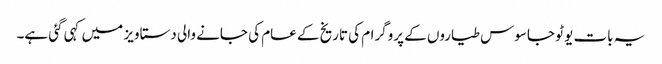
یہ بات یو ٹو جاسوس طیاروں کے پروگرام کی تاریخ کے عام کی جانے والی دستاویز میں کہی گئی ہے۔